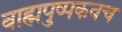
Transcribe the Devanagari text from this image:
बाह्मपुष्पकवच